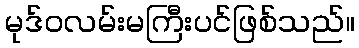
မုဒ်ဝလမ်းမကြီးပင်ဖြစ်သည်။